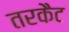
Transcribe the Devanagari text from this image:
तरकैट